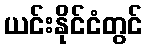
ယင်းနိုင်ငံတွင်